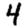
Digit: 4